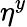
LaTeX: \eta^{y}